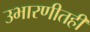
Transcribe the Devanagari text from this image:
उभारणीतही